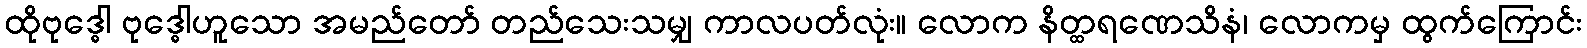
ထိုဗုဒ္ဓေါ ဗုဒ္ဓေါဟူသော အမည်တော် တည်သေးသမျှ ကာလပတ်လုံး။ လောက နိတ္ထရဏေသိနံ၊ လောကမှ ထွက်ကြောင်း